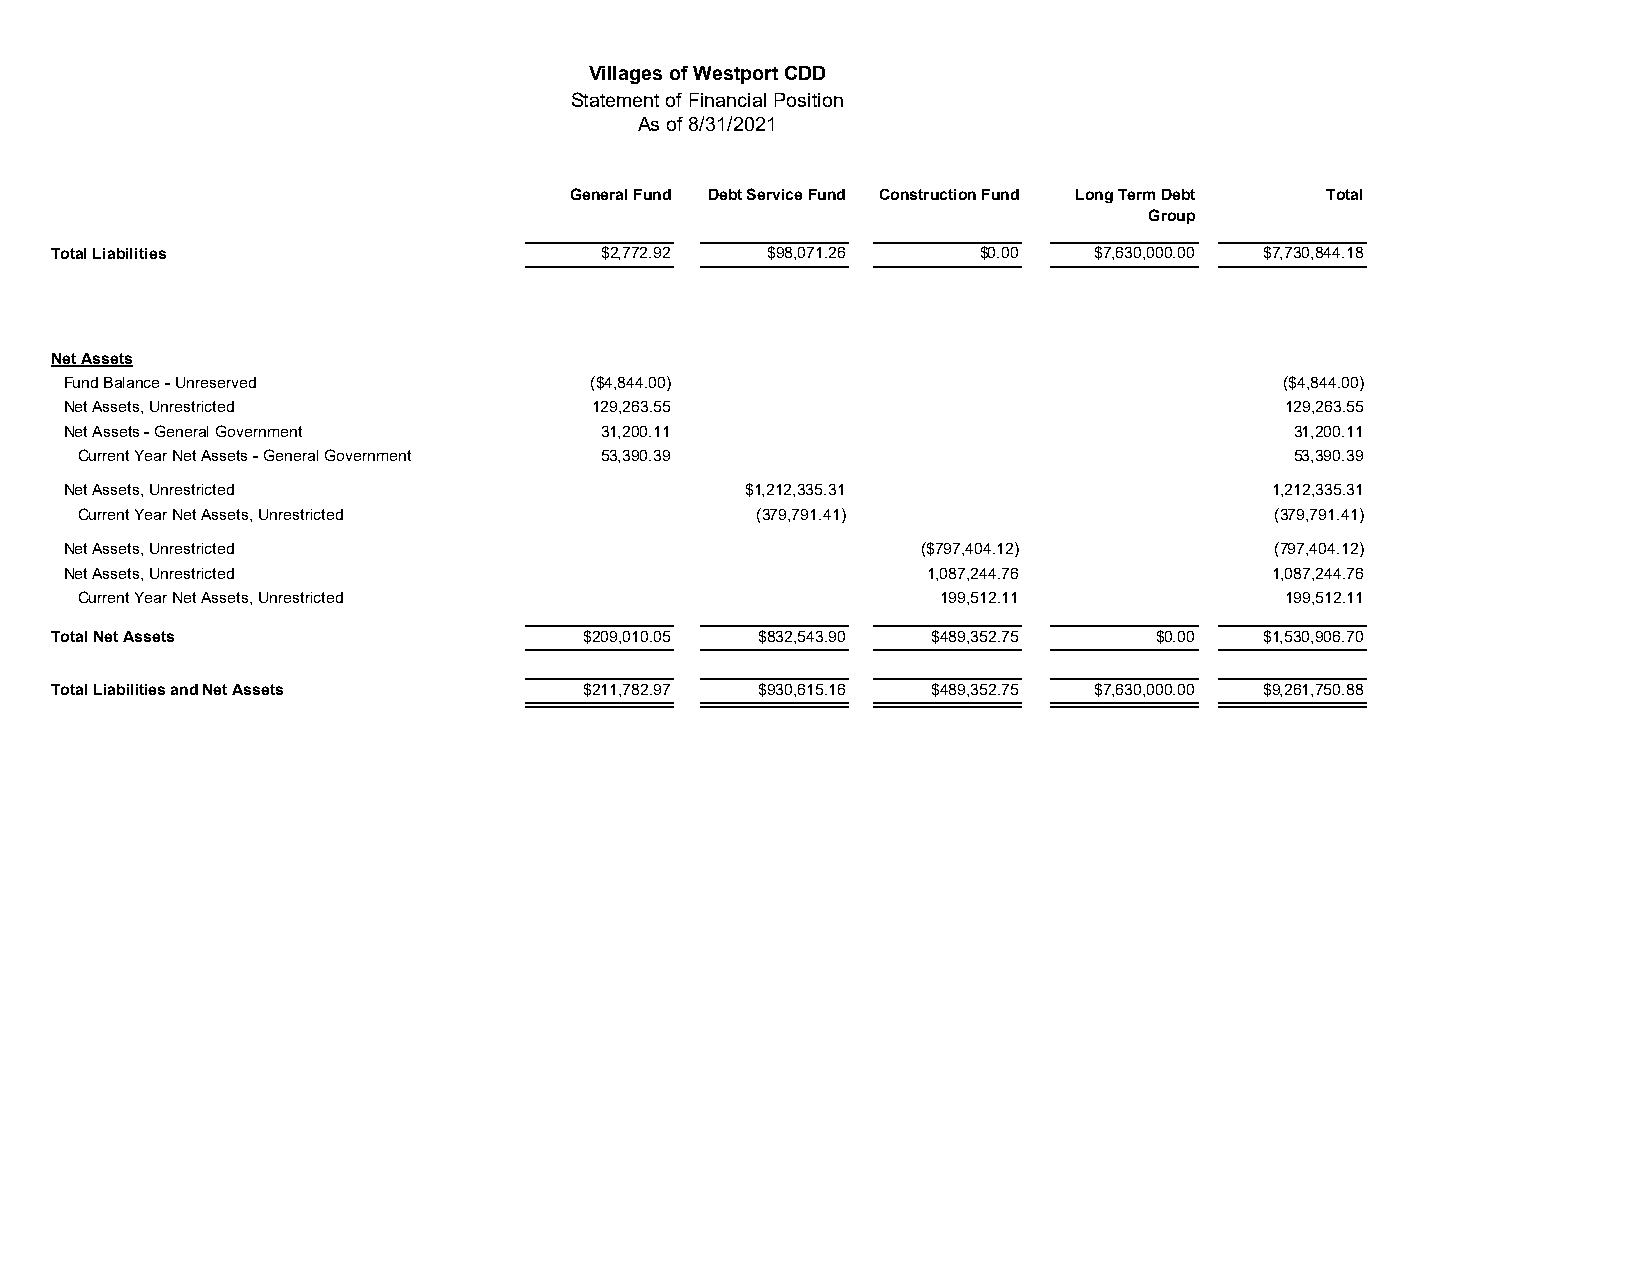
Villages of Westport CDD
 Statement of Financial Position
 As of 8/31/2021
 General Fund Debt Service Fund Construction Fund Long Term Debt Total
 Group
 Total Liabilities                   $2,772.92  $98,071.26     $0.00  $7,630,000.00 $7,730,844.18
 Net Assets
 Fund Balance - Unreserved          ($4,844.00)                                   ($4,844.00)
 Net Assets, Unrestricted           129,263.55                                    129,263.55
 Net Assets - General Government    31,200.11                                     31,200.11
 Current Year Net Assets - General Government 53,390.39                          53,390.39
 Net Assets, Unrestricted                     $1,212,335.31                      1,212,335.31
 Current Year Net Assets, Unrestricted        (379,791.41)                      (379,791.41)
 Net Assets, Unrestricted                                 ($797,404.12)          (797,404.12)
 Net Assets, Unrestricted                                 1,087,244.76           1,087,244.76
 Current Year Net Assets, Unrestricted                    199,512.11             199,512.11
 Total Net Assets                   $209,010.05 $832,543.90 $489,352.75   $0.00  $1,530,906.70
 Total Liabilities and Net Assets   $211,782.97 $930,615.16 $489,352.75 $7,630,000.00 $9,261,750.88